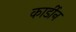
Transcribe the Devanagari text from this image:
कार्डीन